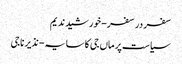
سفر در سفر- خورشید ندیم
سیاست پر ماں جی کا سایہ- نذیر ناجی